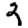
Digit: 2